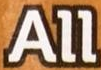
All